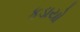
કડાયો